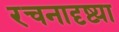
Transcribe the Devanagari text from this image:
रचनादृष्ट्या